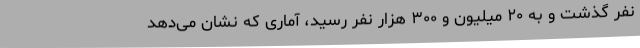
نفر گذشت و به ۲۰ میلیون و ۳۰۰ هزار نفر رسید، آماری که نشان می‌دهد